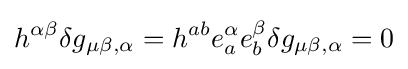
h^{\alpha \beta }\delta g_{\mu \beta ,\alpha }=h^{ab}e_{a}^{\alpha }e_{b}^{\beta }\delta g_{\mu \beta ,\alpha }=0